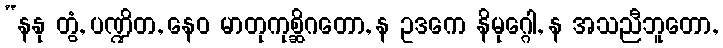
“နနု တွံ, ပဏ္ဍိတ, နေဝ မာတုကုစ္ဆိဂတော, န ဥဒကေ နိမုဂ္ဂေါ, န အသညီဘူတော,